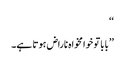
‘‘
’’بابا تو خوامخواہ ناراض ہوتا ہے۔